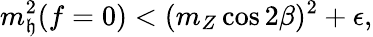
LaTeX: m_{\mathfrak{h}}^{2}(f=0)<(m_{Z}\cos2\beta)^{2}+\epsilon,